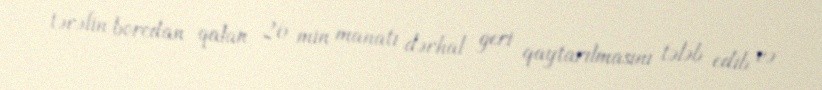
tərəfin borcdan qalan 26 min manatı dərhal geri qaytarılmasını tələb edib və